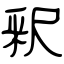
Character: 釈